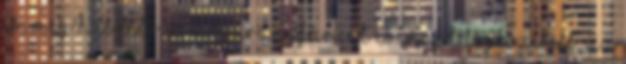
is, meg hasonló színű Aranyfácánt is. Majd legközelebb. Az